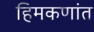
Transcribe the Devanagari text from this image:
हिमकणांत